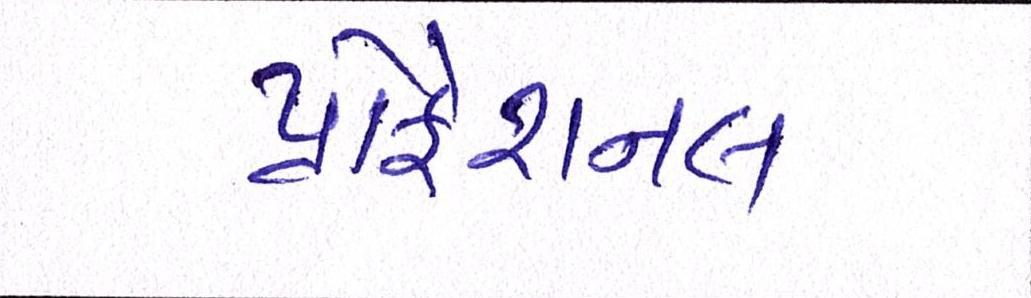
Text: પ્રોફેશનલ